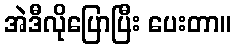
အဲဒီလိုပြောပြီး ပေးတာ။